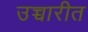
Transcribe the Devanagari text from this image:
उच्चारीत